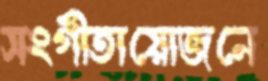
সংগীতায়োজনে